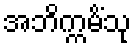
အဘိက္ကမိံသု